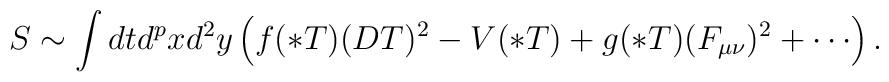
S\sim \int dt d^{p} x d^2 y\left(f(* T) (D T)^2 -V(* T) + g(* T)(F_{\mu\nu})^2+\cdots\right).